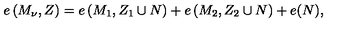
e \left( M _ { \nu } , Z \right) = e \left( M _ { 1 } , Z _ { 1 } \cup N \right) + e \left( M _ { 2 } , Z _ { 2 } \cup N \right) + e ( N ) ,